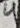
Text: 4